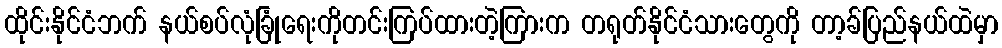
ထိုင်းနိုင်ငံဘက် နယ်စပ်လုံခြုံရေးကိုတင်းကြပ်ထားတဲ့ကြားက တရုတ်နိုင်ငံသားတွေကို တာ့ခ်ပြည်နယ်ထဲမှာ